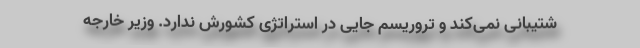
شتیبانی نمی‌کند و تروریسم جایی در استراتژی کشورش ندارد. وزیر خارجه